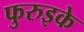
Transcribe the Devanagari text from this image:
फुरुइके